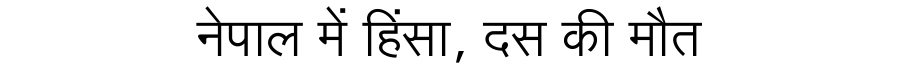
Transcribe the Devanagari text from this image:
नेपाल में हिंसा, दस की मौत